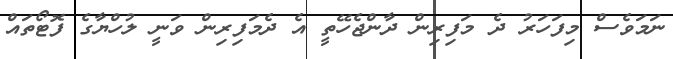
ނަމަވެސް މިފަހަރު ދެ މަފިރިން ދާންޖެހޭތީ އެ ދެމަފިރިން ވަނީ ލުހްޔާގެ ފޮޓޯތައް